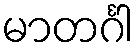
မာတင်္ဂါ